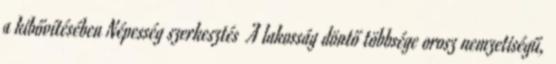
a kibővítésében Népesség szerkesztés A lakosság döntő többsége orosz nemzetiségű,